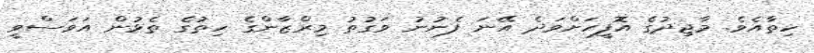
ހިތާއެވެ. މާޖިދުގެ އޮފީހަށްވަދެ އޭނަ ފެނުނު ވަގުތު މިރްޒާންގެ ހިތުގެ ތެޅުން އަވަސްވީ